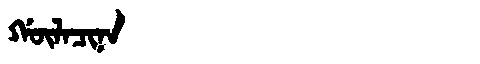
Manchu: ᡤᡡᠯᠠᠴᡳᠨᠠ
Romanization: GŪLACINA